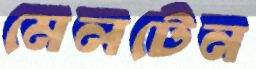
মেলটেন